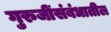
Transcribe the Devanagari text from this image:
गुरुजींसंबंधातील